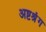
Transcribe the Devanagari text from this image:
अष्टश्रृंग